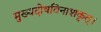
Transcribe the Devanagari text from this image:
मुख्यदोषविनाशकृत्।